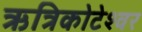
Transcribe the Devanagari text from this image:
ऋत्रिकोटेश्‍वर